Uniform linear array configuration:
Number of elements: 16
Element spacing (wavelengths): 1
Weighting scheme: hamming
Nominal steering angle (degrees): -30
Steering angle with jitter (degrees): -30.909
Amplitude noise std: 0.05
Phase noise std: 0.05

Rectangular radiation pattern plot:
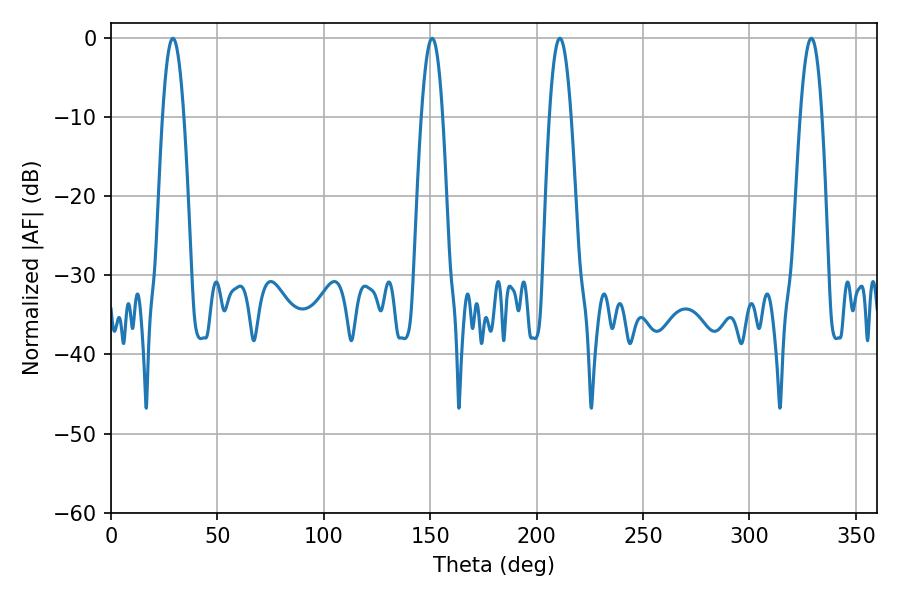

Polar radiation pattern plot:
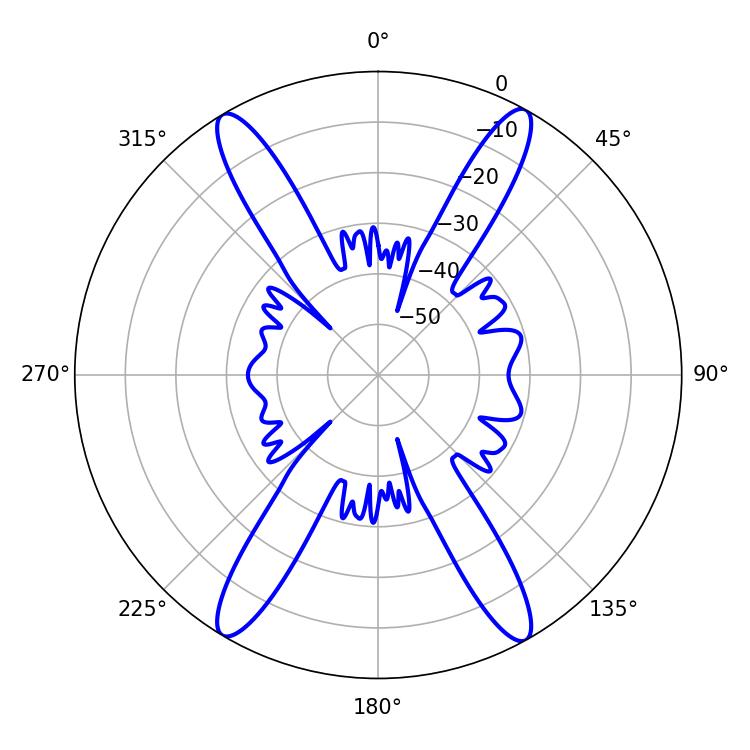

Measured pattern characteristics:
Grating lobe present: TRUE
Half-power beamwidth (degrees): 5.4
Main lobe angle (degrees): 329.04